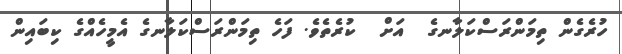
ހުރެގެން ތިމަންރަސްކަލާނގެ  އަށް  ކުރެތެވެ. ފަހެ ތިމަންރަސްކަލާނގެ އެމީހެއްގެ ކިބައިން